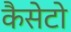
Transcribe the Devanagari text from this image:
कैसेटो